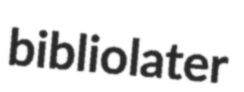
bibliolater